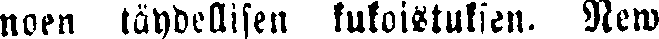
noen täydellisen kukoistuksen. New